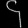
Digit: ၄